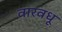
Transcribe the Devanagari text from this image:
वारवधू